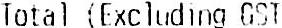
TOTAL (EXCLUDING GST